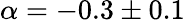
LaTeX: \alpha=-0.3\pm 0.1